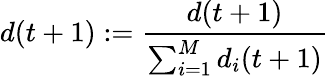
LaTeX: d(t+1):=\frac{d(t+1)}{\sum_{i=1}^{M}d_{i}(t+1)}